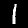
Label: 1